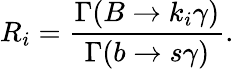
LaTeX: R_{i}={\frac{\Gamma(B\to k_{i}\gamma)}{\Gamma(b\to s\gamma)}}.